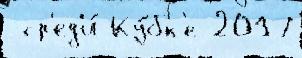
 ср'ед'и́ Ку́бк'е 2017